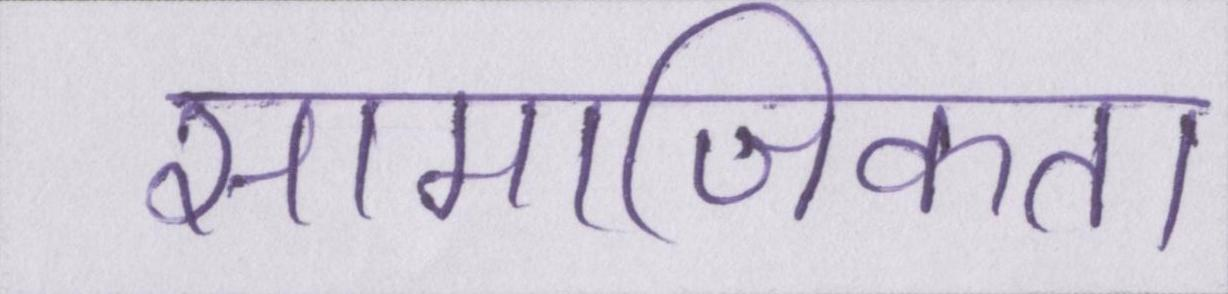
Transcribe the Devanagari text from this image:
सामाजिकता